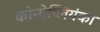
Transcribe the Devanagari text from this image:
कोनोप्लियंका